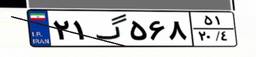
۲۱گ۵۶۸۵۱